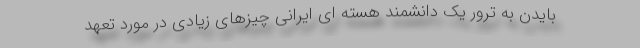
بایدن به ترور یک دانشمند هسته ای ایرانی چیزهای زیادی در مورد تعهد